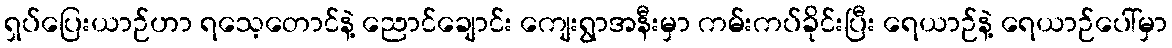
ရှပ်ပြေးယာဉ်ဟာ ရသေ့တောင်နဲ့ ညောင်ချောင်း ကျေးရွာအနီးမှာ ကမ်းကပ်ခိုင်းပြီး ရေယာဉ်နဲ့ ရေယာဉ်ပေါ်မှာ